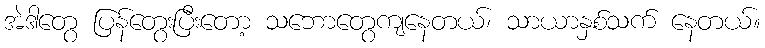
အဲဒါတွေ ပြန်တွေးပြီးတော့ သဘောတွေကျနေတယ်၊ သာယာနှစ်သက် နေတယ်။